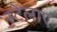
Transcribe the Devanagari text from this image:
स्टेलाए